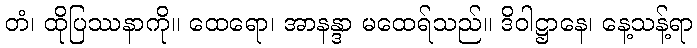
တံ၊ ထိုပြဿနာကို။ ထေရော၊ အာနန္ဒာ မထေရ်သည်။ ဒိဝါဋ္ဌာနေ၊ နေ့သန့်ရာ